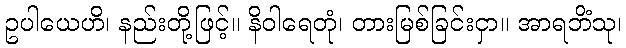
ဥပါယေဟိ၊ နည်းတို့ဖြင့်။ နိဝါရေတုံ၊ တားမြစ်ခြင်းငှာ။ အာရဘိံသု၊